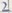
Text: 2